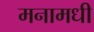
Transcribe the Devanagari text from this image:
मनामधी